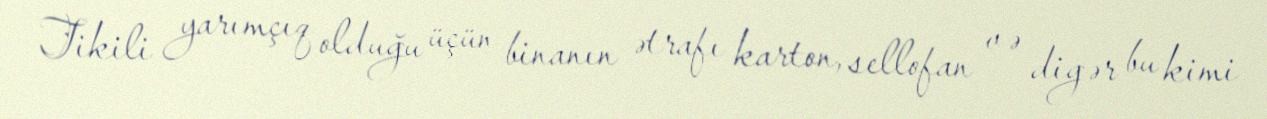
Tikili yarımçıq olduğu üçün binanın ətrafı karton, sellofan və digər bu kimi